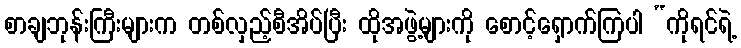
စာချဘုန်းကြီးများက တစ်လှည့်စီအိပ်ပြီး ထိုအဖွဲ့များကို စောင့်ရှောက်ကြပါ “ကိုရင်ရဲ့